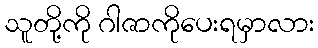
သူတို့ကို ဂါဇာကိုပေးရမှာလား